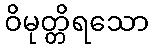
ဝိမုတ္တိရသော